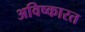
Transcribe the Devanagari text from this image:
अविष्कारत